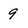
Character: 9